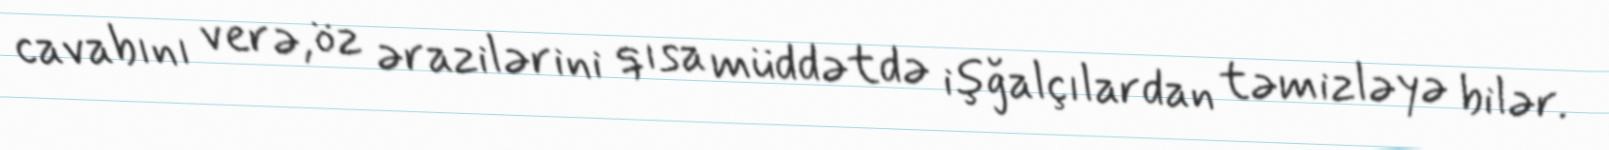
cavabını verə, öz ərazilərini qısa müddətdə işğalçılardan təmizləyə bilər.